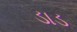
ડાડ